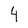
Character: 4